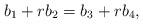
LaTeX: \begin{align*}b_1+rb_2=b_3+rb_4,\end{align*}